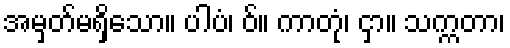
အမှတ်မရှိသော။ ပါပံ၊ ဝ်။ ကာတုံ၊ ငှာ။ သက္ကတာ၊